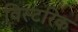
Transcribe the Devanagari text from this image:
विस्टरिक